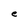
Character: e